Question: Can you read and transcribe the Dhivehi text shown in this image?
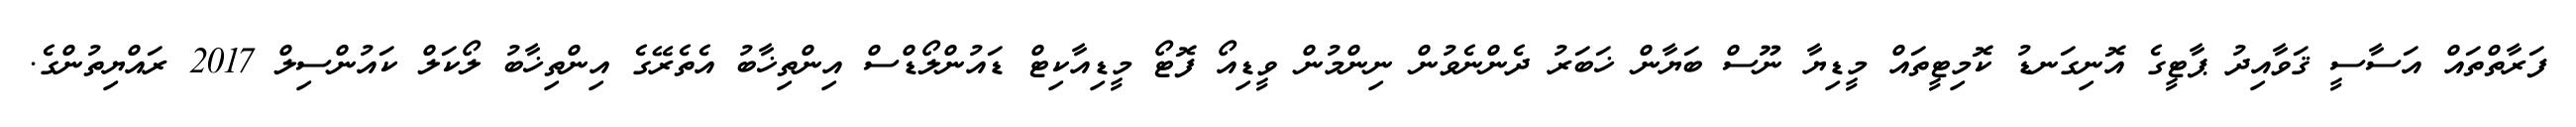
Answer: ފަރާތްތައް އަސާސީ ޤަވާއިދު ޕާޓީގެ އޮނިގަނޑު ކޮމިޓީތައް މީޑިޔާ ނޫސް ބަޔާން ޚަބަރު ދެންނެވުން ނިންމުން ވީޑިއޯ ފޮޓޯ މީޑިއާކިޓް ޑައުންލޯޑްސް އިންތިޚާބު އެތެރޭގެ އިންތިޚާބު ލޯކަލް ކައުންސިލް 2017 ރައްޔިތުންގެ.